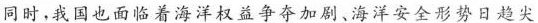
同时，我国也面临着海洋权益争夺加剧、海洋安全形势日趋尖